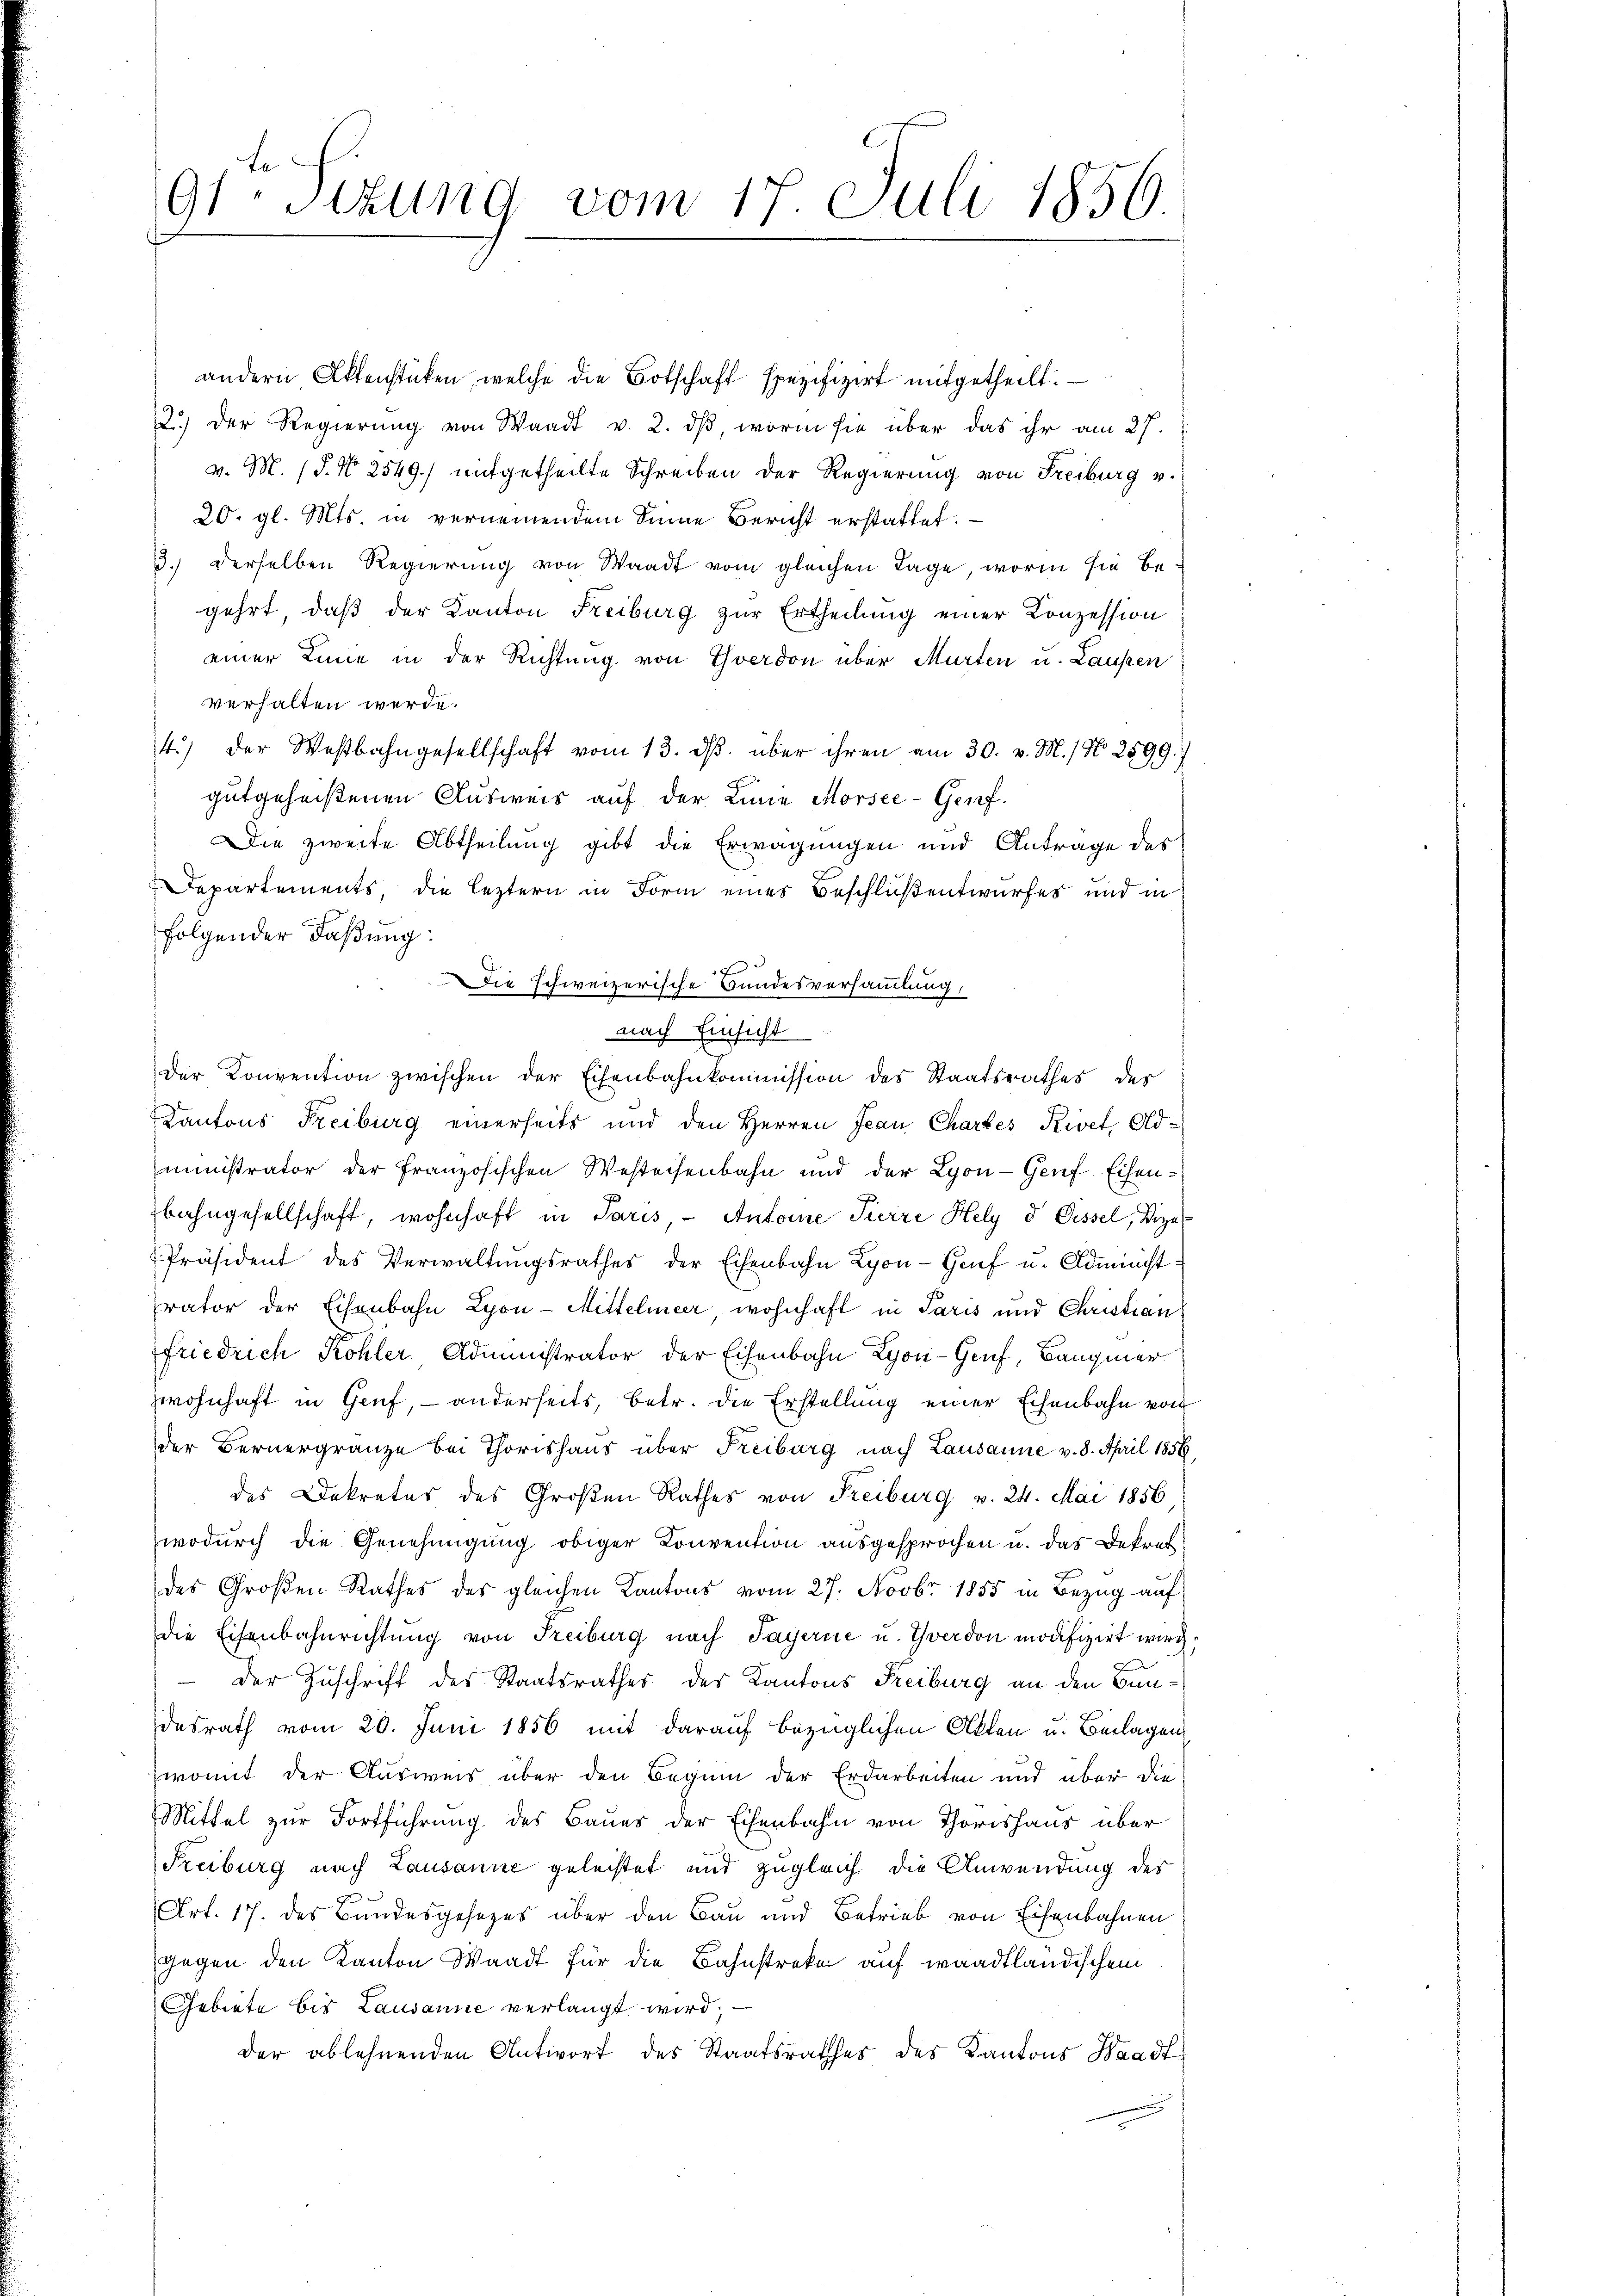
91 stung vom 17. Juli 1856

andern Aktenstücken, welche die Botschaft spezifizirt mitgetheilt.
2.) Der Regierung von Waadt v. 2. dβ, worin sie über das ihr am 27.
v. M. (§. N. 2549) mitgetheilte Schreiben der Regierung von Freiburg v.
20. gl. Mts. in vernennendem Sinne Bericht erstattet.
3.) Derselben Regierung von Waadt vom gleichen Tage, worin sie begehrt, daß der Kanton Freiburg zur Ertheilung einer Konzession
einer Linie in der Richtung von Yverdon über Murten u. Laufen
verhalten werde.
4) der Westbahngesellschaft vom 13. dβ über ihren am 30. v. M. / N. 2599.)
gutgeheißenen Ausweis auf der Linie Morsee- Genf.
Die zweite Abtheilung gibt die Erwägungen und Antrage des
Departements, die leztern in Form eines Beschlußentwurfes und in
folgender Faßung.
E
Die schweizerische Bundesversammlung,
nach Einsicht
Der Konvention zwischen der Eisenbahnkommission des Staatsrathes des
Kantons Freiburg einerseits und den Herren Jean Chartes Rivet Oldministrator der französischen Westeisenbahn und der Lyon - Genf Eisenbahngesellschaft, wohnhaft in Paris, - Antoine Pierre Hely d Dissel, Vize
Präsident des Verwaltŭngsrathes der Eisenbahn Lyon- Genf u. Administ
rator der Eisenbahn Lyon-Mittelmeer wohnhaft in Paris und Christian
friedrich Kohler Administrator der Eisenbahn Lyon-Genf, Baugmer
zwohnhaft in Gruf, – anderseits, betr. die Erstellung einer Eisenbahn von
der Bernergränze bei Thorishaus über Freiburg nach Lausanne v. 8. April 1856
des Dekretär des Großen Rathes von Freiburg v. 24. Mai 1856,
wodurch die Genehmigung obiger Konvention ausgesprochen u. das Dekret
des Großen Rathes der gleichen Kantons vom 27. Novbr 1855 in Bezug auf
die Eisenbahnrichtung von Freiburg nach Payerne u. Yverdon modifizirt wird;
 der Zuschrift des Staatsrathes der Kantons Freiburg an den Bundesrath vom 20. Juni 1856 mit darauf bezüglichen Akten u. Beilagen,
Zwomit der Ausweis über den Beginn der Erdarbeiten und über die
Mittel zur Fortführung des Baues der Eisenbahn von Thorishaus über
Freiburg nach Lausanne geleistet und zugleich die Anwendung des
Art. 17. des Bundesgesezes über den Bau und Betrieb von Eisenbahnen
gegen den Kanton Waadt für die Bahnstreke auf waadtländischem
Gebiete bis Lausanne verlangt wird,
der ablehnenden Antwort des Staatsrathes des Kantons Waadt